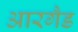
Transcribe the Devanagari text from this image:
आरगैड